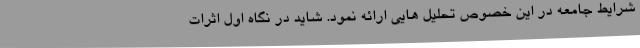
شرایط جامعه در این خصوص تحلیل هایی ارائه نمود. شاید در نگاه اول اثرات